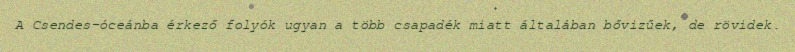
A Csendes-óceánba érkező folyók ugyan a több csapadék miatt általában bővizűek, de rövidek.